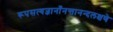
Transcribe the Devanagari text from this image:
रूपसत्यज्ञानाँनन्तानन्दलक्षणे